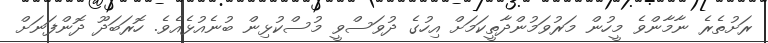
ރަށުތެރެ ނާމާންވެ މީހުން މަރުވަމުންދާތީކަމަށް އިހުގެ ދުވަސްވީ މުސްކުޅިން ބުނެއުޅެއެވެ. ހޮރަބަދޫ ދޮންފަނަށް